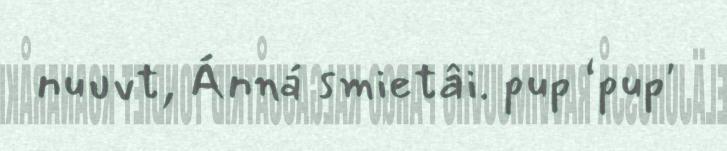
nuuvt, Ánná smietâi. pup ‘pup'